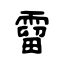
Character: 霤